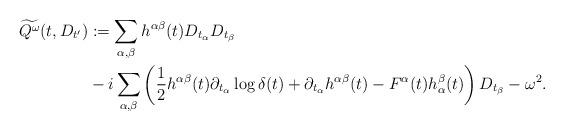
LaTeX: \begin{align*}\widetilde{Q^\omega}(t,D_{t'}) &:= \sum_{\alpha,\beta}h^{\alpha\beta}(t)D_{t_\alpha}D_{t_\beta} \\ &-i\sum_{\alpha,\beta}\left(\frac{1}{2}h^{\alpha\beta}(t)\partial_{t_\alpha}\log\delta(t)+\partial_{t_\alpha}h^{\alpha\beta}(t)-F^\alpha(t)h^\beta_\alpha(t)\right)D_{t_\beta} -\omega^2.\end{align*}